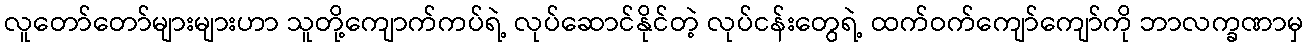
လူတော်တော်များများဟာ သူတို့ကျောက်ကပ်ရဲ့ လုပ်ဆောင်နိုင်တဲ့ လုပ်ငန်းတွေရဲ့ ထက်ဝက်ကျော်ကျော်ကို ဘာလက္ခဏာမှ